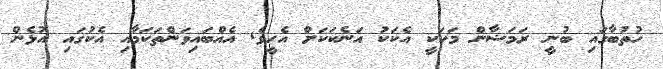
ހުތުބާގައި ބުނީ ރަމަޟާން މަހަކީ އެކަކު އަނެކަކަށް އެހީވެ